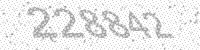
Solution: 228842